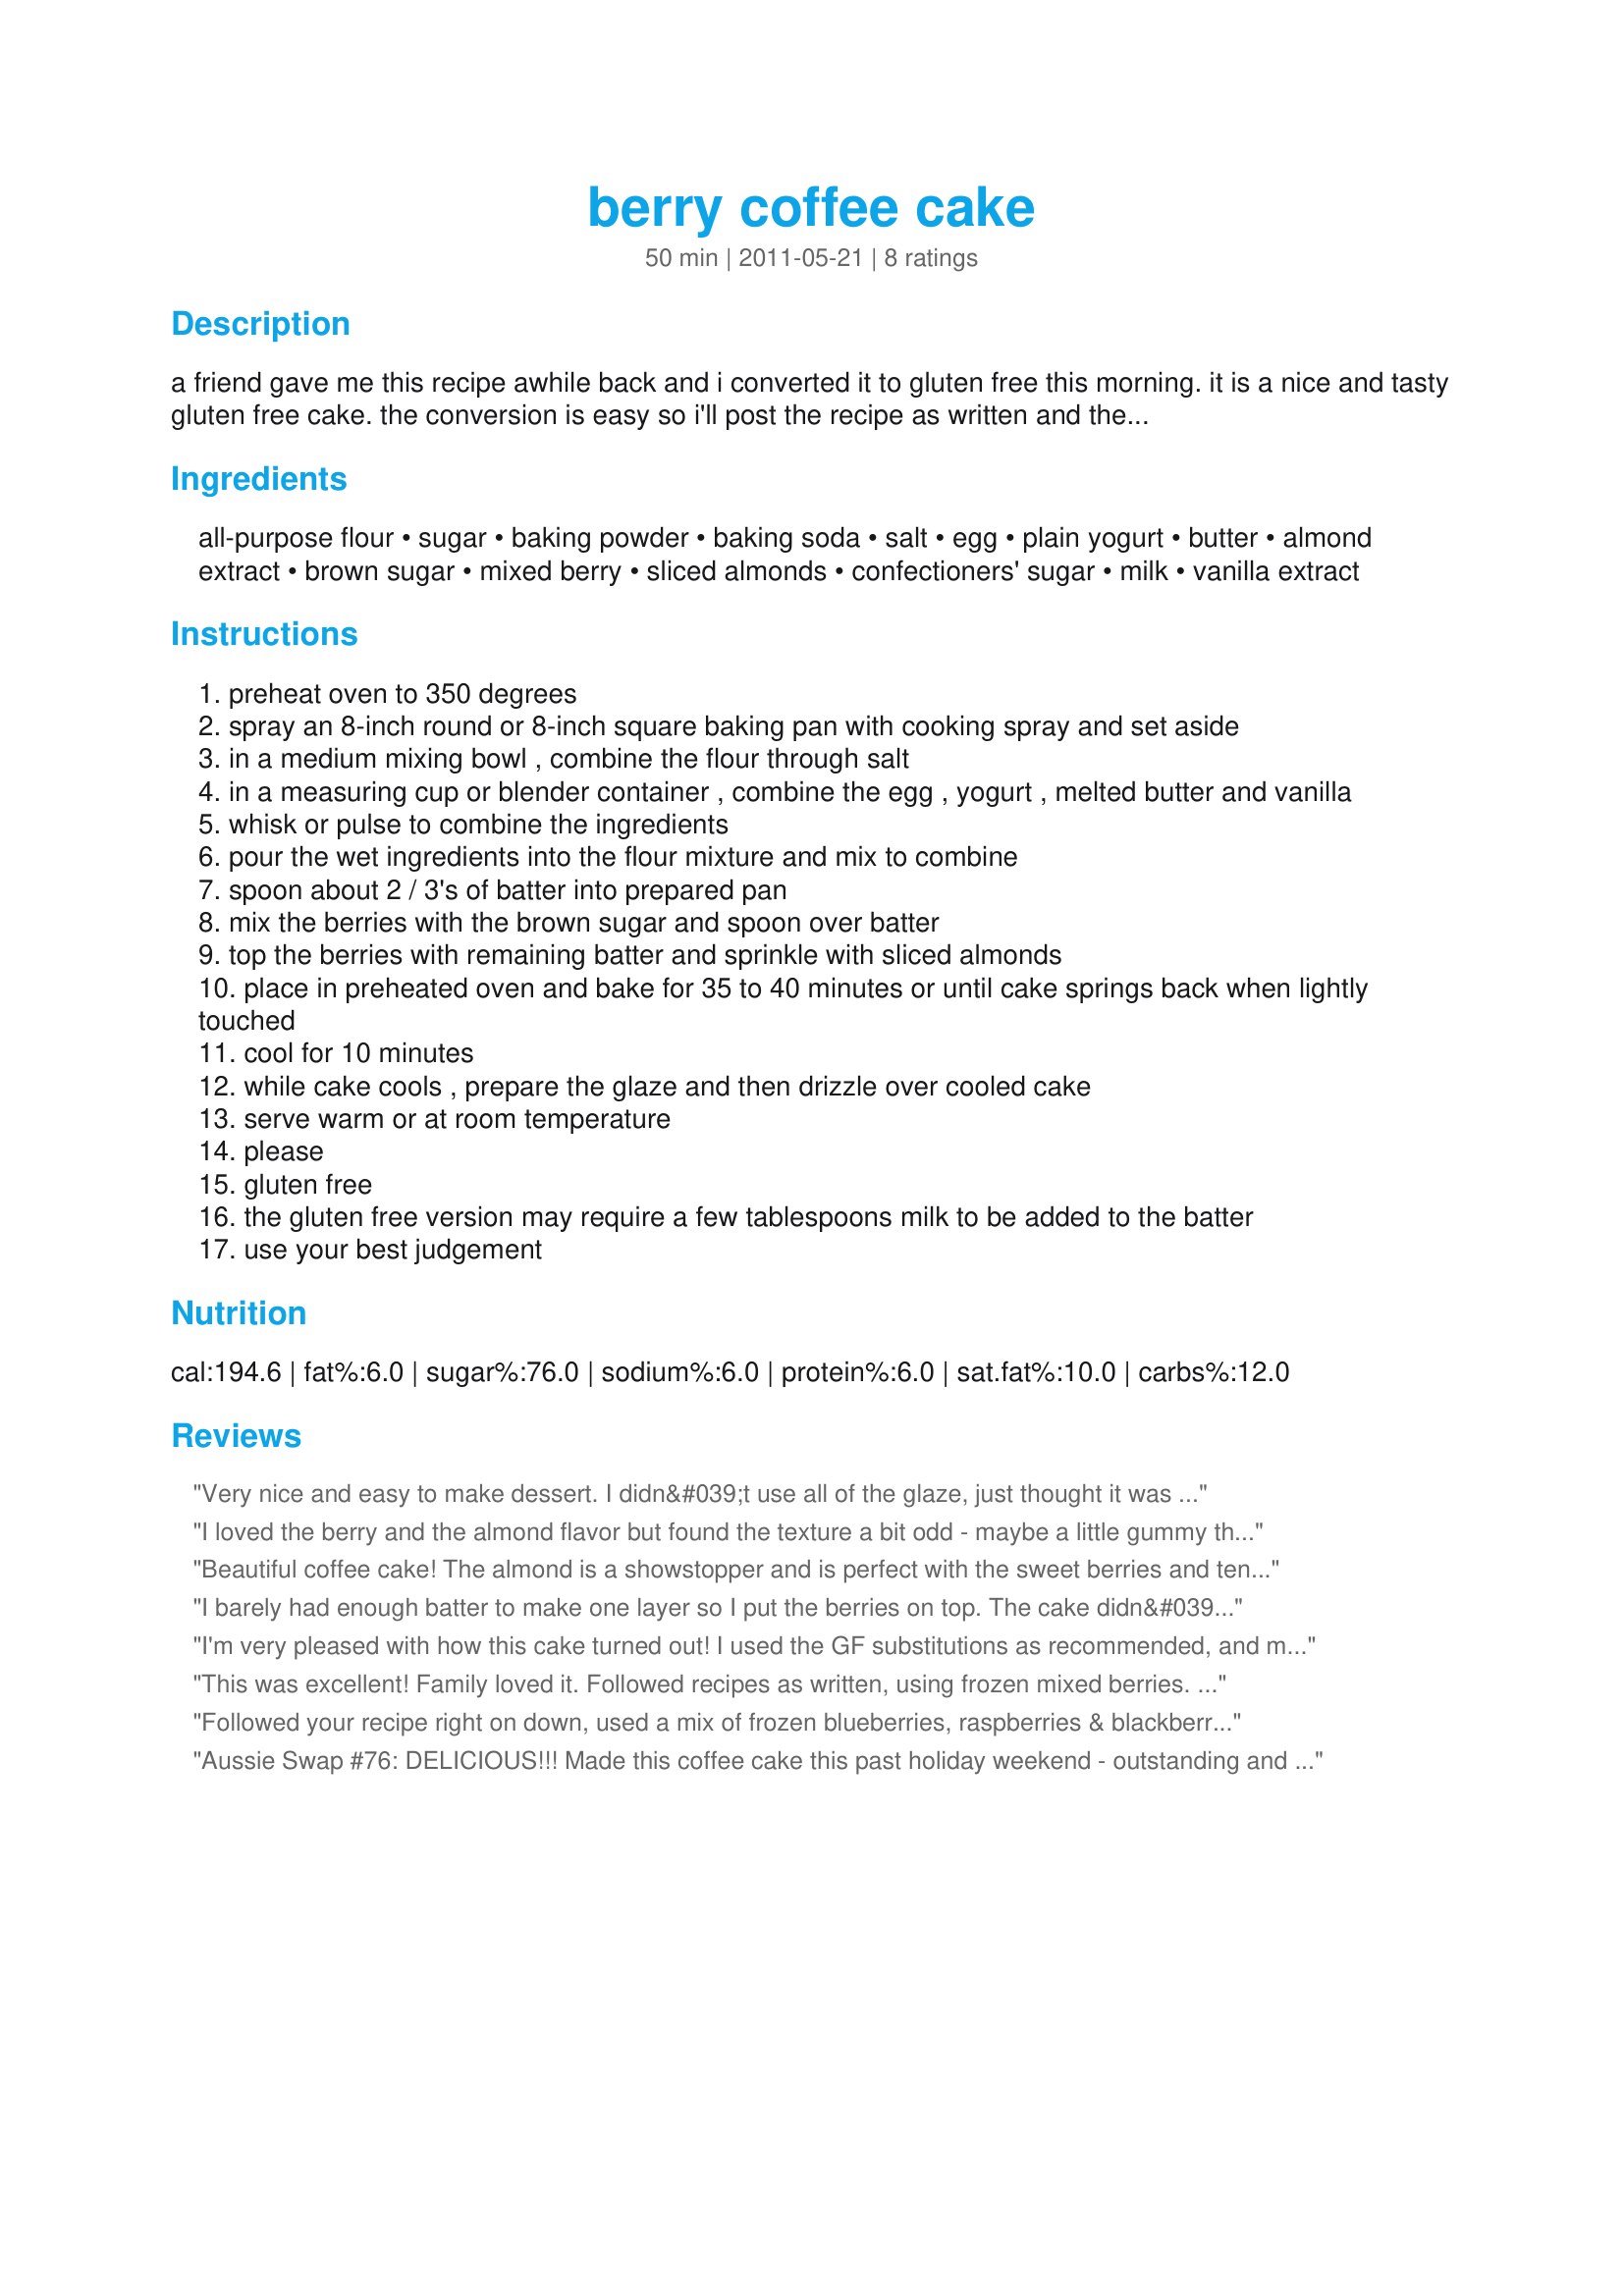
berry coffee cake
Preparation time: 50 minutes

a friend gave me this recipe awhile back and i converted it to gluten free this morning. it is a nice and tasty gluten free cake. the conversion is easy so i'll post the recipe as written and the gluten free portion will be in the notes section.

Ingredients:
all-purpose flour, sugar, baking powder, baking soda, salt, egg, plain yogurt, butter, almond extract, brown sugar, mixed berry, sliced almonds, confectioners' sugar, milk, vanilla extract

Steps:
preheat oven to 350 degrees
spray an 8-inch round or 8-inch square baking pan with cooking spray and set aside
in a medium mixing bowl , combine the flour through salt
in a measuring cup or blender container , combine the egg , yogurt , melted butter and vanilla
whisk or pulse to combine the ingredients
pour the wet ingredients into the flour mixture and mix to combine
spoon about 2 / 3's of batter into prepared pan
mix the berries with the brown sugar and spoon over batter
top the berries with remaining batter and sprinkle with sliced almonds
place in preheated oven and bake for 35 to 40 minutes or until cake springs back when lightly touched
cool for 10 minutes
while cake cools , prepare the glaze and then drizzle over cooled cake
serve warm or at room temperature
please
gluten free
the gluten free version may require a few tablespoons milk to be added to the batter
use your best judgement

Reviews:
Very nice and easy to make dessert. I didn&#039;t use all of the glaze, just thought it was too much! I used a mix of blueberries and blackberries. Made for ZWT 9 and &quot;The Apron String Travelers&quot;
I loved the berry and the almond flavor but found the texture a bit odd - maybe a little gummy though it was thoroughly baked. I added a little vanilla and cinnamon to the batter but otherwise made the cake as directed. I skipped the glaze, which I don't usually care for and topped with a little whipped cream instead. Made for ZWT 7 for the Food.commandos
Beautiful coffee cake! The almond is a showstopper and is perfect with the sweet berries and tender delicate cake. I made mine in an 8 in springform using vanilla bean yogurt and a combo of strawberries and blueberries. It took about 10 minutes longer to bake, but that could be my oven. Most breads/cakes seem to require a bit longer for me.
I barely had enough batter to make one layer so I put the berries on top. The cake didn&#039;t rise enough to cover the berries.
I'm very pleased with how this cake turned out! I used the GF substitutions as recommended, and modified the yogurt & egg to vegan alternatives (chia egg and some soy cream cheese mixed with a little water). I love the almond flavour with the berries, might even add some lemon next time. I didn't bother with the glaze this time, but I would if I were taking this to a party or event, would be a nice touch. I found it needed more cooking time, probably due to all my subs, an extra 10 or 15 did it.....and although I was worried the edges would be really dry, that wasn't the case-the whole cake is very moist. Had some difficulty getting the cake batter to spread into the pan, but I know that's often the case with GF - even though it looked pretty sloppy going in, it looked great coming out. Thanks PaulaG! ZWT7.
This was excellent! Family loved it. Followed recipes as written, using frozen mixed berries. Easy recipe to make. Thank You. Made for ZWT7~Emerald City Shakers.
Followed your recipe right on down, used a mix of frozen blueberries, raspberries & blackberries, & topped it with the glaze! This coffee cake was absolutely delicious, at least in the opinions of the 2 of us & a neighbor couple with whom we shared it! A nice keeper recipe, too! [Made & reviewed in I Recommend recipe tag]
Aussie Swap #76: DELICIOUS!!! Made this coffee cake this past holiday weekend - outstanding and full of flavor!
